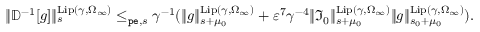
\begin{array} { r } { \rVert \mathbb { D } ^ { - 1 } [ g ] \rVert _ { s } ^ { \mathrm { L i p } ( \gamma , \Omega _ { \infty } ) } \le _ { \mathtt { p e } , s } \gamma ^ { - 1 } ( \rVert g \rVert _ { s + \mu _ { 0 } } ^ { \mathrm { L i p } ( \gamma , \Omega _ { \infty } ) } + \varepsilon ^ { 7 } \gamma ^ { - 4 } \rVert \mathfrak { I } _ { 0 } \rVert _ { s + \mu _ { 0 } } ^ { \mathrm { L i p } ( \gamma , \Omega _ { \infty } ) } \rVert g \rVert _ { s _ { 0 } + \mu _ { 0 } } ^ { \mathrm { L i p } ( \gamma , \Omega _ { \infty } ) } ) . } \end{array}